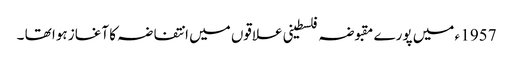
1957 ء میں پورے مقبوضہ فلسطینی علاقوں میں انتفاضہ کا آغاز ہوا تھا ۔